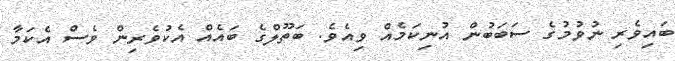
ބައިވެރި ނުވުމުގެ ސަބަބުން އުނިކަމެއް ވިއެވެ. ބަތޫލްގެ ބައެއް އެކުވެރިން ވެސް އެކަމާ